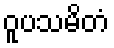
ဝူပသမိတံ